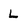
Character: L